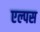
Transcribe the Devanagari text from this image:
एल्पस